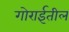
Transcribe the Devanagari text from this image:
गोराईतील